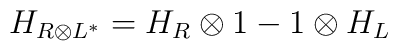
H_{R\otimes L^{*}}=H_R\otimes 1-1\otimes H_L